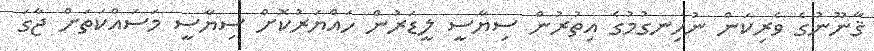
ޤާނޫނުގެ ވެރިކަން ނުހިނގުމުގެ އިތުރުން ސިޔާސީ ލީޑަރުން ހައްޔަރުކޮށް ސިޔާސީ މަސައްކަތަށް ޖާގަ